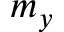
m _ { y }